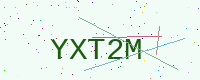
Text: YXT2M